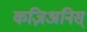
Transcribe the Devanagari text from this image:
कज़िअनिस्